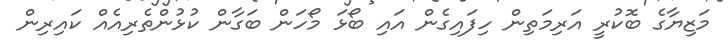
މަޒިޔާގެ ބޮކުރީ އަރިމަތިން ހިފައިގެން އައި ބޯޅަ މޯހަން ބަގާން ކުޅުންތެރިއެއް ކައިރިން